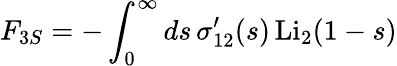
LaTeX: F_{3S}=-\int_{0}^{\infty}ds\, \sigma_{12}^{\prime}(s)\, \mathrm{Li}_{2}(1-s)